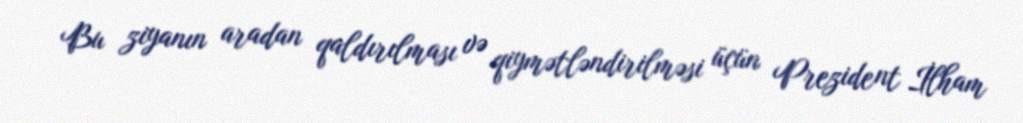
Bu ziyanın aradan qaldırılması və qiymətləndirilməsi üçün Prezident İlham